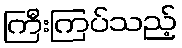
ကြီးကြပ်သည့်